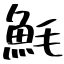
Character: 魹